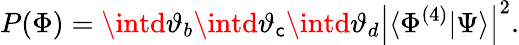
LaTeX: P(\Phi)=\intd\vartheta_{b}\intd\vartheta_{\mathsf{c}}\intd\vartheta_{d}\left|\langle{\Phi^{(4)}}|{\Psi}\rangle\right|^{2}.